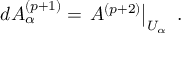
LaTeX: d A _ { \alpha } ^ { ( p + 1 ) } = \left. A ^ { ( p + 2 ) } \right| _ { U _ { \alpha } } \ .